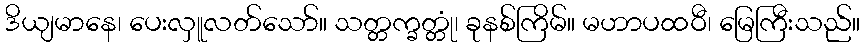
ဒိယျမာနေ၊ ပေးလှူလတ်သော်။ သတ္တက္ခတ္တုံ၊ ခုနစ်ကြိမ်။ မဟာပထဝီ၊ မြေကြီးသည်။